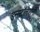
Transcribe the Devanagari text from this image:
इन्सटॉलेशंनों